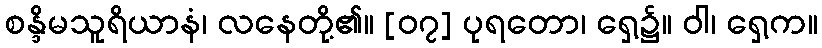
စန္ဒိမသူရိယာနံ၊ လနေတို့၏။ [၀၇] ပုရတော၊ ရှေ့၌။ ဝါ၊ ရှေ့က။